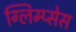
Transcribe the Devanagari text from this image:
ग्लिम्प्सेस